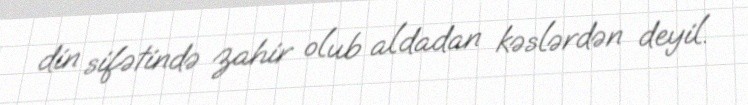
din sifətində zahir olub aldadan kəslərdən deyil.